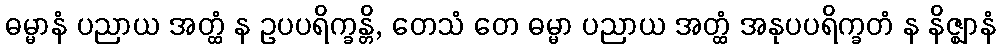
ဓမ္မာနံ ပညာယ အတ္ထံ န ဥပပရိက္ခန္တိ, တေသံ တေ ဓမ္မာ ပညာယ အတ္ထံ အနုပပရိက္ခတံ န နိဇ္ဈာနံ